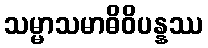
သမ္မာသမာဓိဝိပန္နဿ